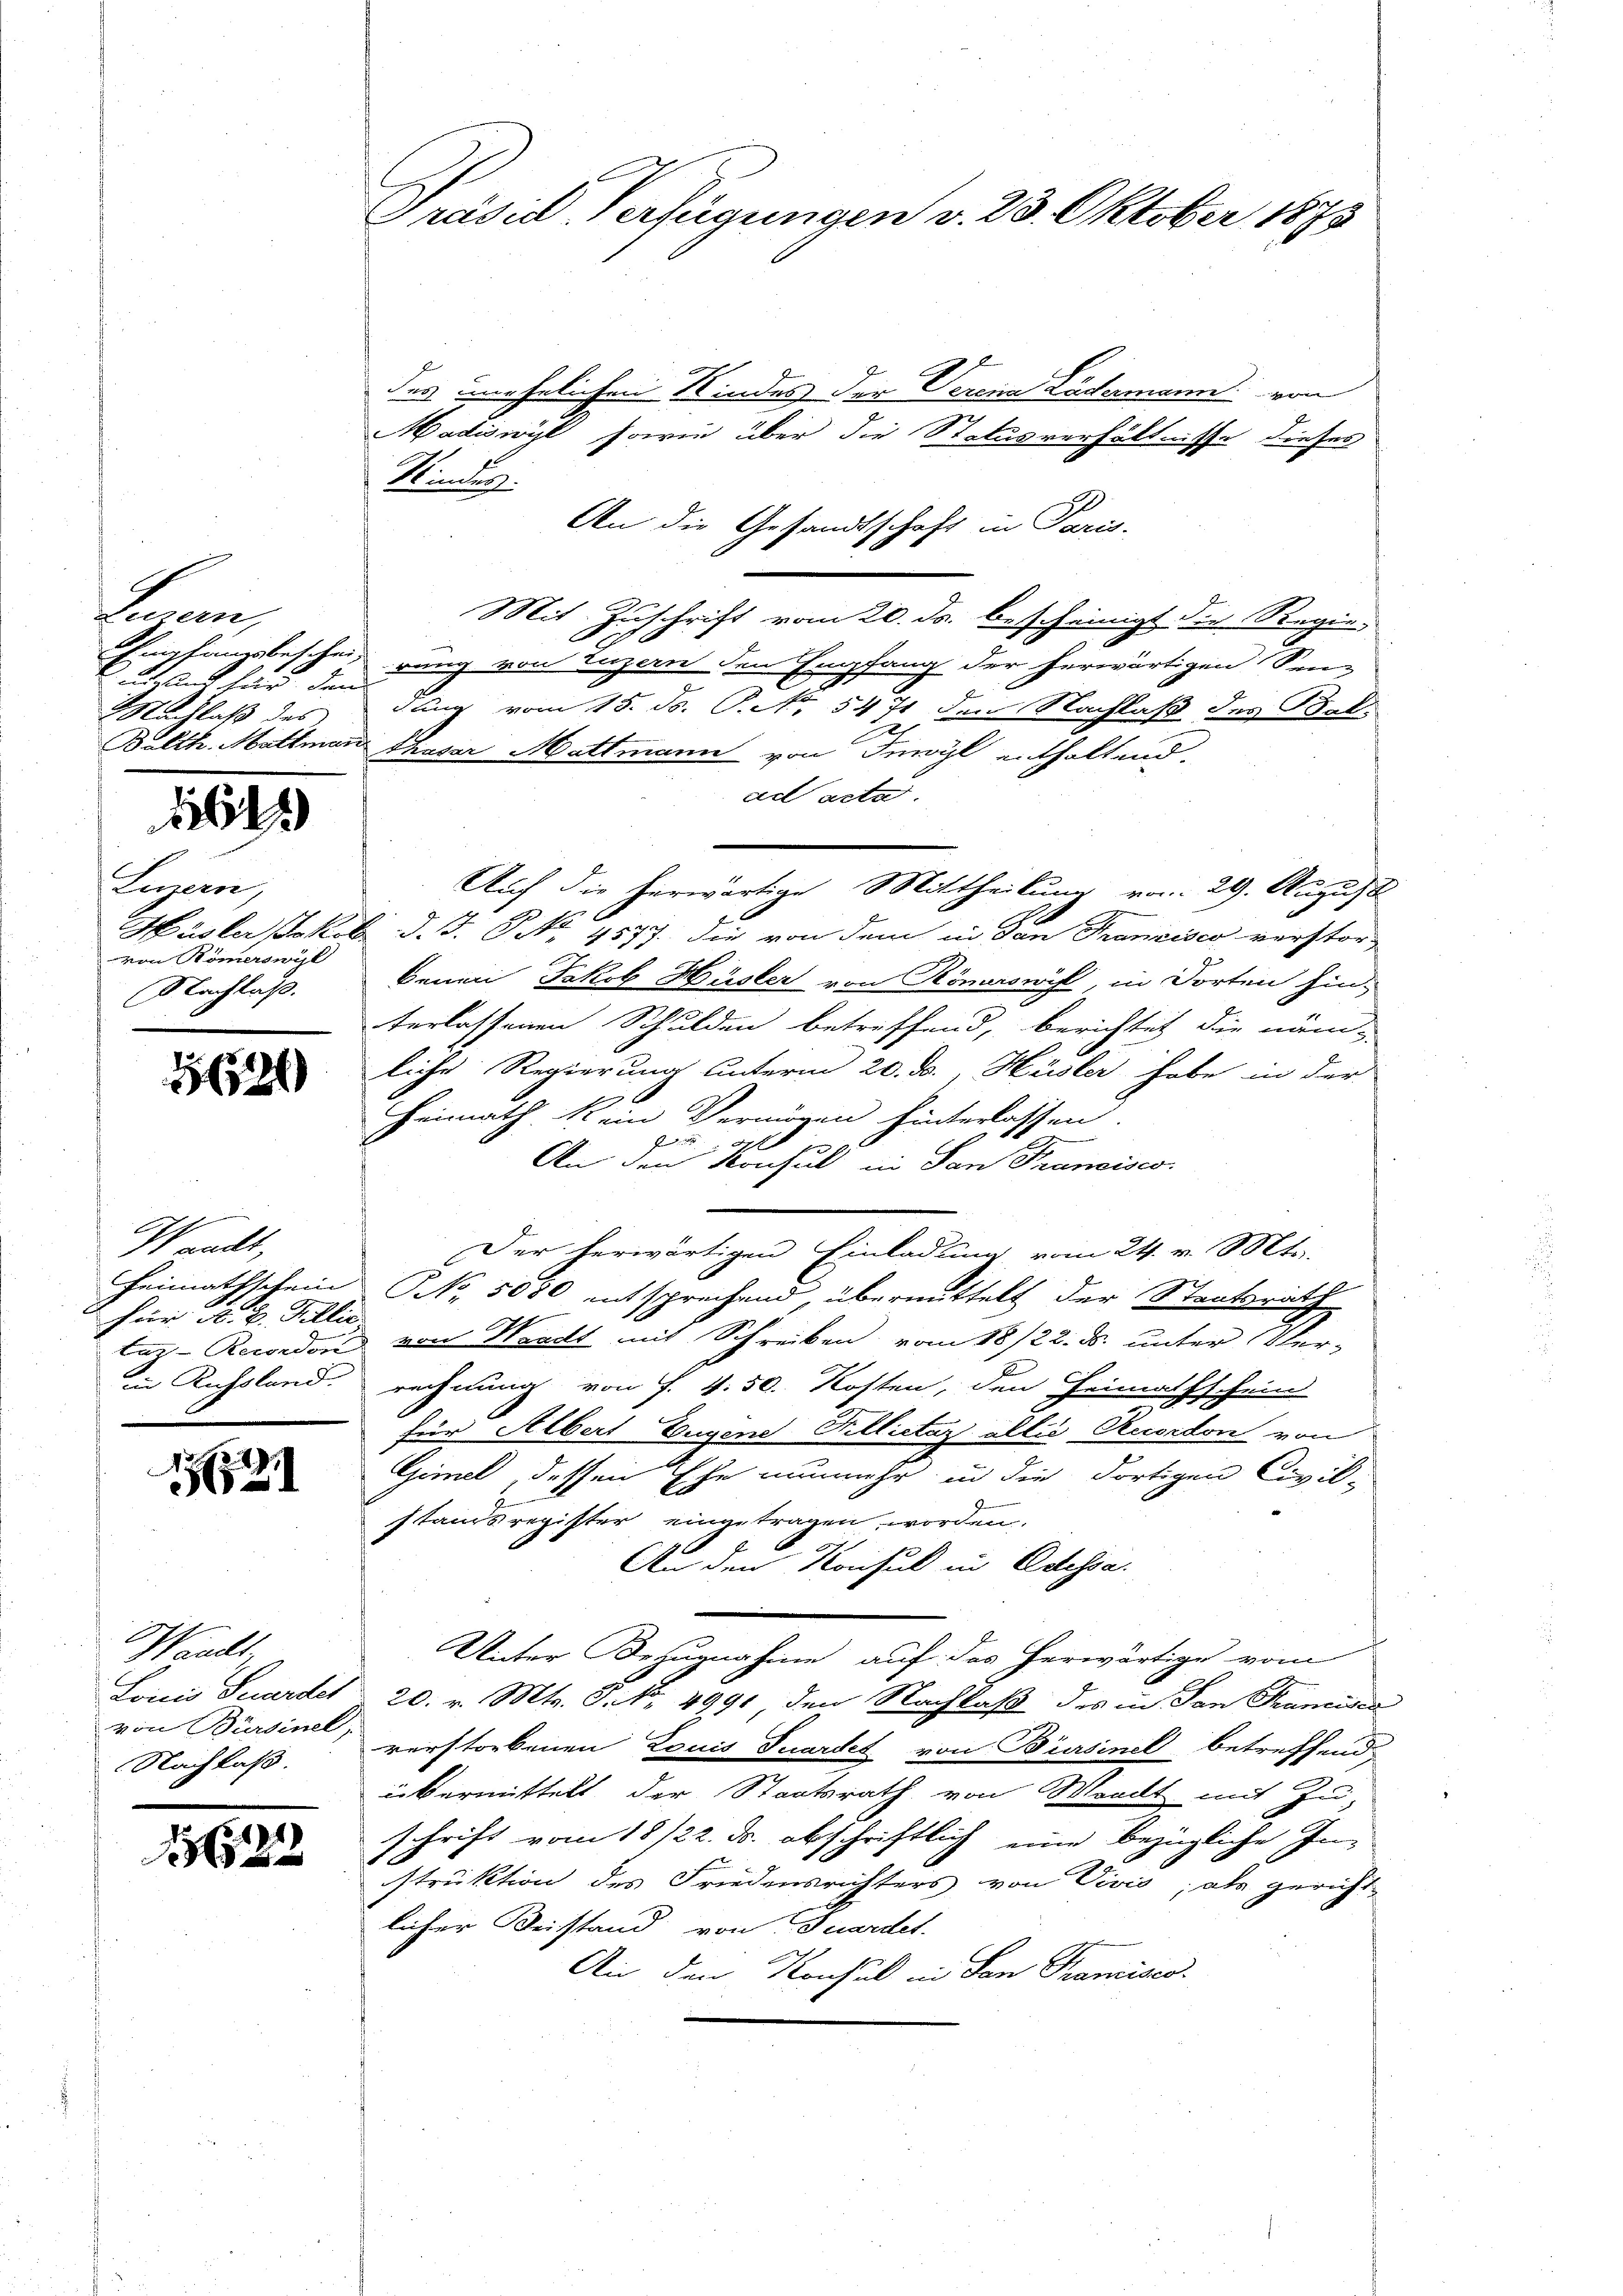
Leuen,
 Blut für den
Nachlaß des

1641

Luzerne,
Hüsler Jakob
von Römerswyl
Nachlaß.

1621

Waadt,
Heimathschein
für A. B. Fellic
tar-Recordon
in Russland.

1751

Waadt,
Louis Feuerdet
von Bürsinel,
Nachlaß.

2

Präsid-Verfügungen v. 23. Oktober 1875

des unehelichen Kindes der Verena Lädermann von
Madiswyl, sowie über die Statusverhältnisse dieses
Kindes.
An die Gesandtschaft in Paris.
Mit Zuschrift vom 20. ds. bescheinigt die Regie
Empfangsbeschein rang von Luzern den Empfang der herwärtigen Sen-
dung vom 15. ds. Pct. 5471 den Nachlaß des Bal¬
J
Balth. Mattman thasar Mattmann von Inwyl enthaltend.
ad acta.
d. J. NNo. 4577. die von dem in den Francisco verstor¬
Benai Jakob Hüsler von Römerswill, in dorten hin-
terlassenen Schulden betreffend, berichtet die näm-
liche Regierung unterm 20. ds., Hüsler habe in der
Heimath kein Vermögen hinterlassen.

An den Konsul in San Francisco
Der herwärtigen Einladung vom 24. v. Mts.
NNo. 5080 entsprechend, übermittelt der Staatsrath
 von Waadt mit Schreiben vom 18/22. ds. unter (ler-
rechnung von F. v. 50. Kosten, den Heimathschein
für Albert Eugene Billictaz allis Ruordon von
Gimel, dessen Ehe nunmehr in die dortigen Civil-
standsregister eingetragen worden.
An den Konsul in Odessa
Unter Bezugnahme auf das herwärtige vom
20. v. Mts. P. Nr. 4991 den Nachlaß des in San Francisci
verstorbenen Louis Tuardet von Bürsinel betreffend
übermittelt der Staatsrath von Waadt mit Zu-
schrift vom 18/22. ds. abschriftlich eine bezügliche Instruktion des Friedensrichters von Vivis; als gericht
licher Beistand von Eduardet.
An den Konsul in San Francisco

Auf die herwärtige Mittheilung vom 29. August